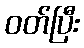
ဝတ်ပြီး